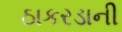
ઠાકરડાની